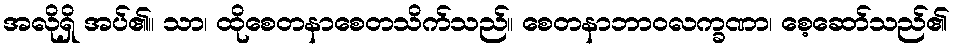
အလိုရှိ အပ်၏။ သာ၊ ထိုစေတနာစေတသိက်သည်။ စေတနာဘာဝလက္ခဏာ၊ စေ့ဆော်သည်၏